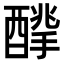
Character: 𨢙